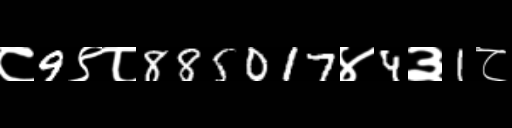
Text: ८9९८885017४4३1८